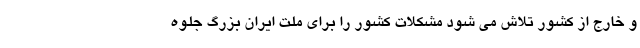
و خارج از کشور تلاش می شود مشکلات کشور را برای ملت ایران بزرگ جلوه